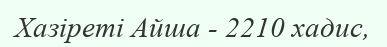
Хазіреті Айша - 2210 хадис,